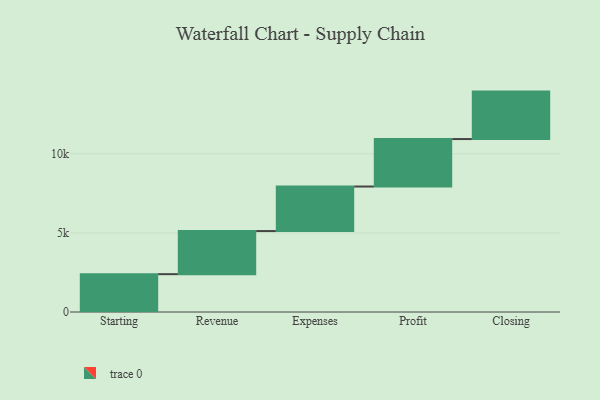
{"axis": {"x": "Step", "y": "Value"}, "legend": [""], "data": [{"x": "Starting", "y": 2392.0, "type": ""}, {"x": "Revenue", "y": 2724.0, "type": ""}, {"x": "Expenses", "y": 2815.0, "type": ""}, {"x": "Profit", "y": 3000, "type": ""}, {"x": "Closing", "y": 3000, "type": ""}]}